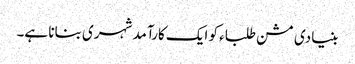
بنیادی مشن طلباء کو ایک کارآمد شہری بنانا ہے۔